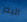
البدر